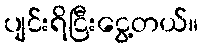
ပျင်းရိငြီးငွေ့တယ်။